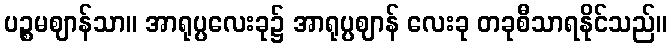
ပဉ္စမဈာန်သာ။ အာရုပ္ပလေးခု၌ အာရုပ္ပဈာန် လေးခု တခုစီသာရနိုင်သည်။